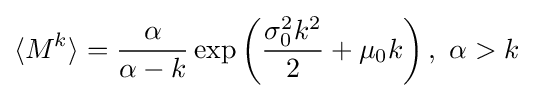
{\begin{aligned}\langle M^{k}\rangle ={\frac {\alpha }{\alpha -k}}\exp \left({\frac {\sigma _{0}^{2}k^{2}}{2}}+\mu _{0}k\right),\ \alpha >k\end{aligned}}